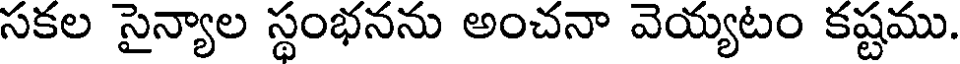
సకల సైన్యాల స్థంభనను అంచనా వెయ్యటం కష్టము.